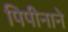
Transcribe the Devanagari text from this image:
पिपीनाने